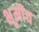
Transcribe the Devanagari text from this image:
भूमीच